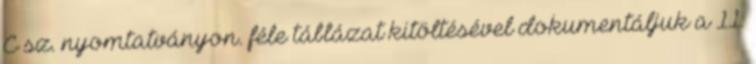
C sz. nyomtatványon. féle táblázat kitöltésével dokumentáljuk a 11.